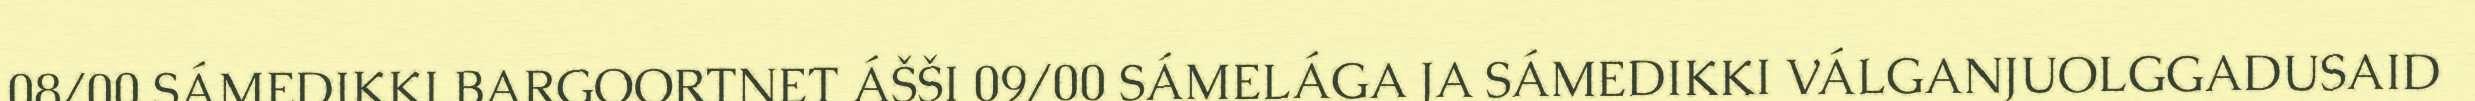
08/00 SÁMEDIKKI BARGOORTNET ÁŠŠI 09/00 SÁMELÁGA JA SÁMEDIKKI VÁLGANJUOLGGADUSAID